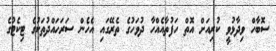
ސޮބާހް ވިދާޅުވީ ކުރިއަށް އޮތް ހަފުތާއެއްހާ ދުވަހުގެ ތެރޭގައި އެހެން ސަރަހައްދުތަކުގެ ޓިކެޓުގެ